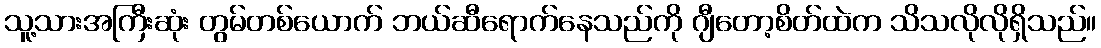
သူ့သားအကြီးဆုံး တွမ်တစ်ယောက် ဘယ်ဆီရောက်နေသည်ကို ဂျီတော့စိတ်ထဲက သိသလိုလိုရှိသည်။